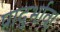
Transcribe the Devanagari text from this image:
प्रादुर्भाव।